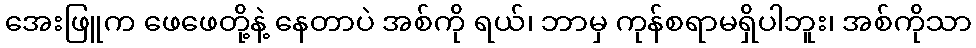
အေးဖြူက ဖေဖေတို့နဲ့ နေတာပဲ အစ်ကို ရယ်၊ ဘာမှ ကုန်စရာမရှိပါဘူး၊ အစ်ကိုသာ